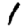
Digit: 1